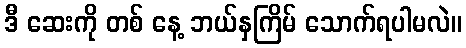
ဒီ ဆေးကို တစ် နေ့ ဘယ်နှကြိမ် သောက်ရပါမလဲ။